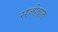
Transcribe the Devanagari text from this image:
सजीवात